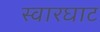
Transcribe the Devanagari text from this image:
स्‍वारघाट